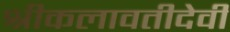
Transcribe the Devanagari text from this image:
श्रीकलावतीदेवी